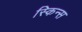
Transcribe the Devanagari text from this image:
स्किन्स